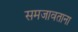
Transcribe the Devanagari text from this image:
समजावताना